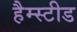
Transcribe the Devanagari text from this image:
हैम्स्टीड